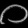
Digit: ၀